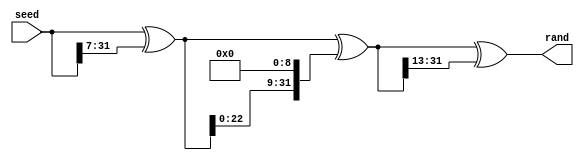
module xor_shift(seed, rand);

	input [31:0] seed;
	output [31:0] rand;
	wire [31:0] temp = seed ^ seed >> 7;
	wire [31:0] temp2 = temp ^ temp << 9;
	wire [31:0] temp3 = temp2 ^ temp2 >> 13;
	wire [31:0] rand_out = temp3;

	assign rand = rand_out;

endmodule